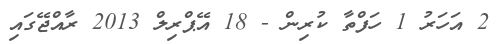
2 އަހަރު 1 ހަފްތާ ކުރިން - 18 އޭޕްރިލް 2013 ރާއްޖޭގައި